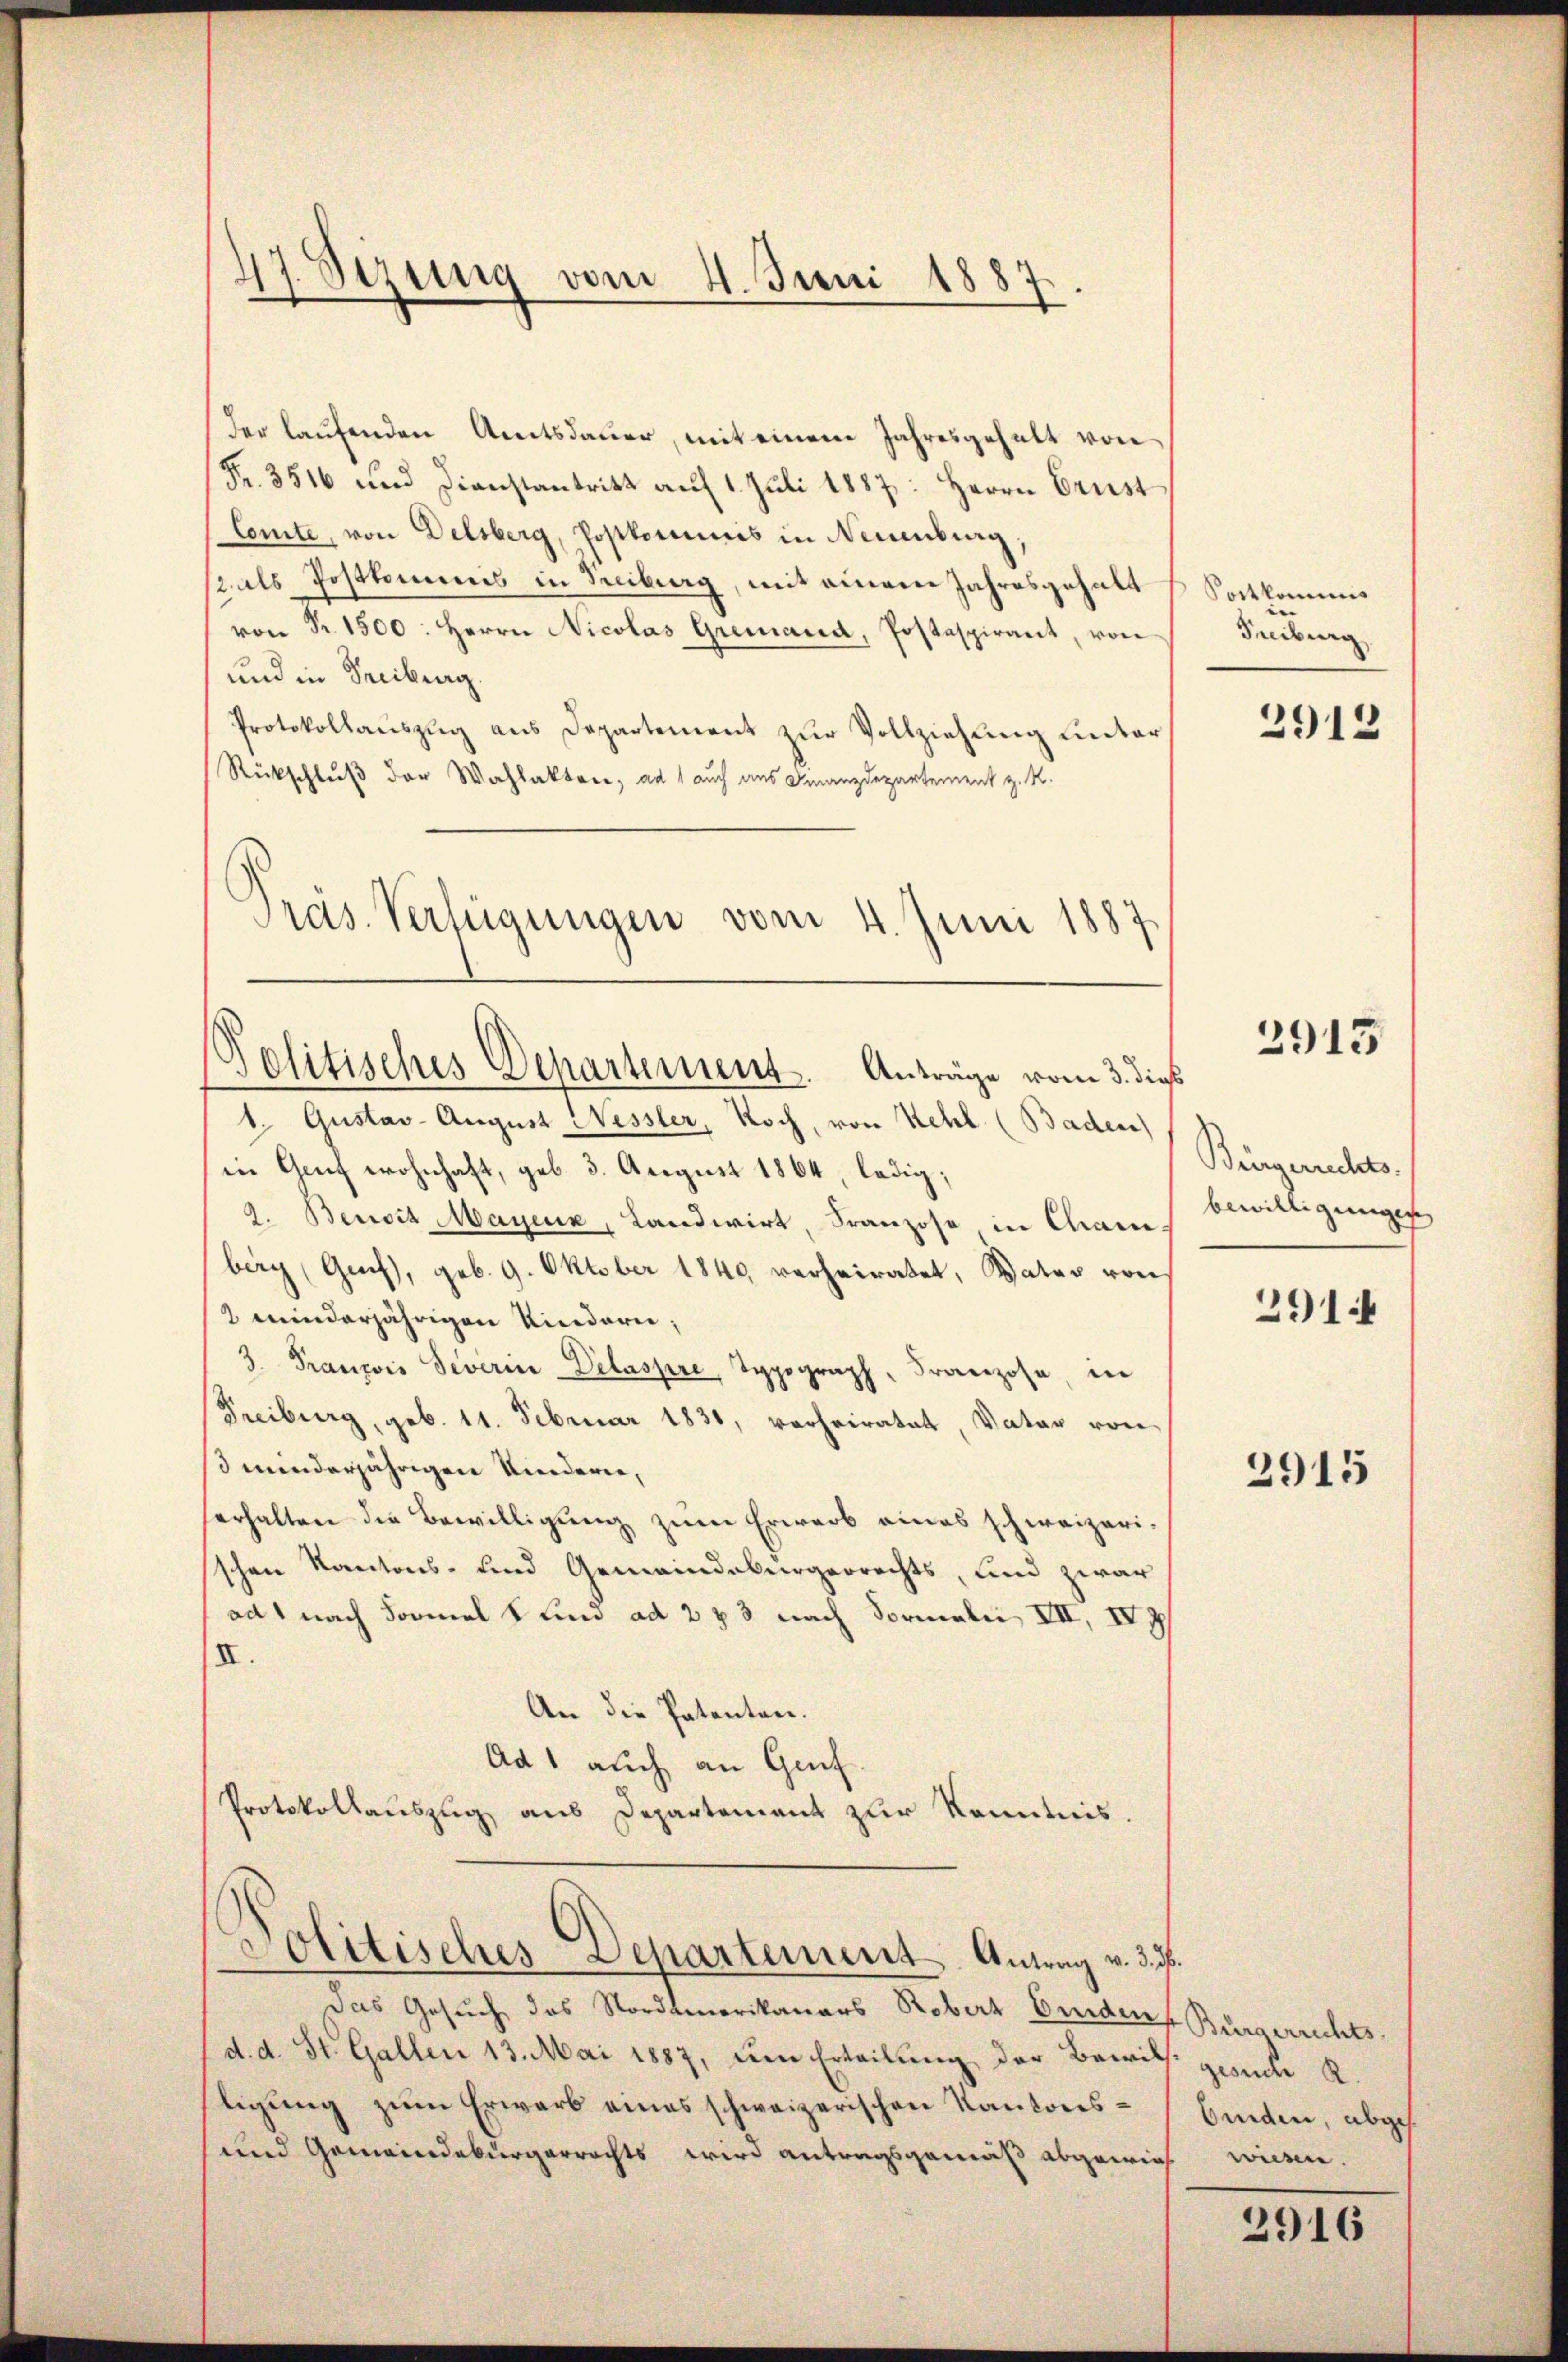
Der laufenden Amtsdauer, mit einem Jahresgehalt von
Fr. 3516 und Dienstantritt aŭf 1. Jŭli 1887: Herrn Brust
Comte, von Delsberg, Postkommis in Neuenburg,
 als Postkommnis in Treiburg, mit einem Jahresgehalt
von Nr. 1500. Herrn Nicolas Gremand, Postaspirant, von
und in Freiburg.
Protokollauszug aus Departement zur Vollziehung unter
Rückschluß der Wahlakten, ad 1 auch aus Finanzdepartement z. K.
Präs. Verfügungen vom 4. Juni 1887

47. Sezung vom 4. Juni 1887.

Politisches Departement. Anträge vom 3. dies

1. Gustav-August Nessler, Noch, von Kehl (Baden)
in Genf wohnhaft, geb. 3. August 1864, ledig,
2. Benoit Mayeux, Landwirt, Franzose, in Cham.
berg (Genf), geb. 9. Oktober 1849 verheiratet, Vater von
2 minderjährigen Kindern,
3. Franzois Severin Delaspre Typograph, Franzose, in
Freiburg, geb. 11. Februar 1831, verheiratet, Vater von
d minderjährigen Kinderie,
serhalten die Bewilligung zum Erwarb eines schweizerischen Kantons- und Gemeindebürgerrechts, und zwar
ad 1 nach Formal k und ad 273 nach Formale III, IV 7
III.
An die Patenten.
Ad 1 auch an Genf
Protokollauszug aus Departement zur Kenntnis.

Das Gesuch das Nordtmerikaners Robert Binden Bürgerrechts
d. d. St. Gallen 13. Mai 1887, dem Erteilung der Bewill gesuche R.
tigung zum Erwarb eines schweizerischen Kantons¬
und Gemeindebürgerrechts wird antragsgemäß abgewies wiesen.

Politisches Departement. Antrag v. d. d.

Sortkommnis
Treiburg,

2912

3915

Bürgerrechts.
bewilligungen
2914

2915

binden, abges.

2916